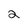
Character: 2